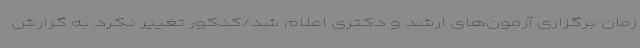
زمان برگزاری آزمون‌های ارشد و دکتری اعلام شد/کنکور تغییر نکرد به گزارش